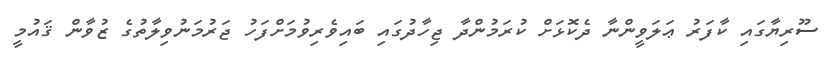
ސޫރިޔާގައި ކާފަރު ޢަލަވީންނާ ދެކޮޅަށް ކުރަމުންދާ ޖިހާދުގައި ބައިވެރިވުމަށްފަހު ޖަރުމަނުވިލާތުގެ ޒުވާން ޤައުމީ